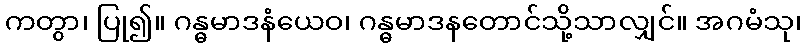
ကတွာ၊ ပြု၍။ ဂန္ဓမာဒနံယေဝ၊ ဂန္ဓမာဒနတောင်သို့သာလျှင်။ အဂမံသု၊